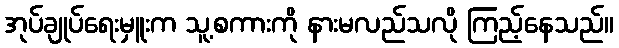
အုပ်ချုပ်ရေးမှူးက သူ့စကားကို နားမလည်သလို ကြည့်နေသည်။